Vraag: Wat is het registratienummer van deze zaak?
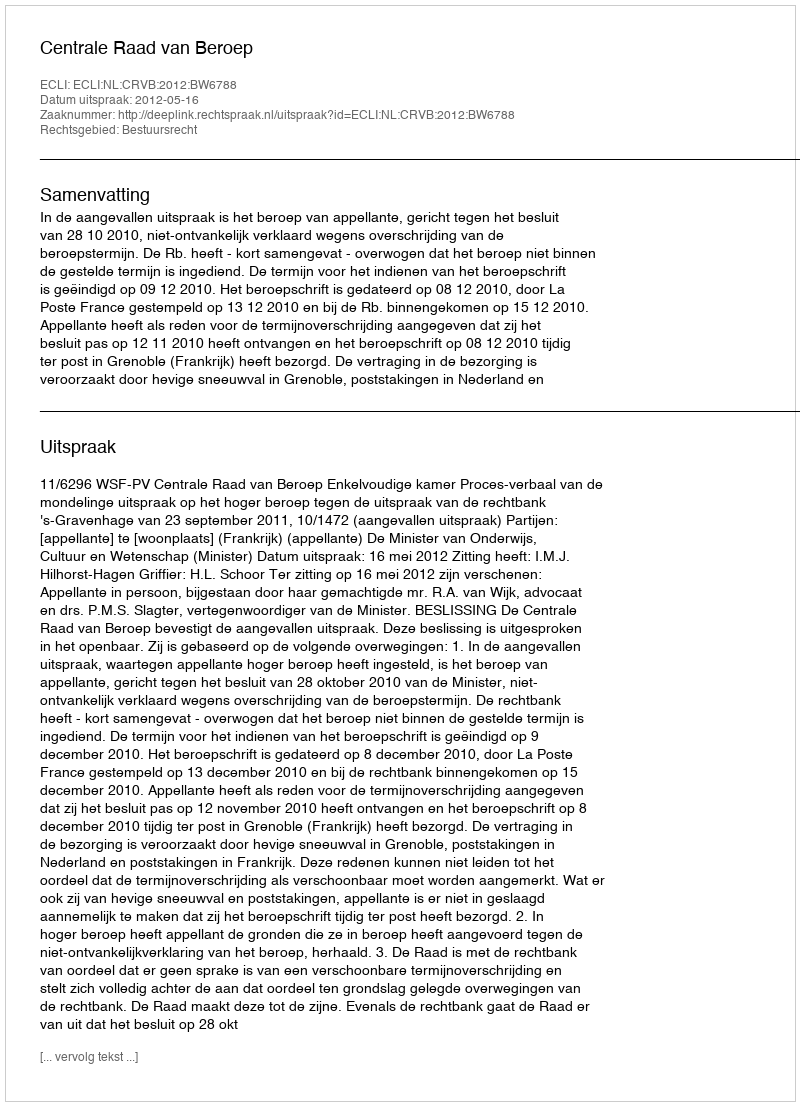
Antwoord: http://deeplink.rechtspraak.nl/uitspraak?id=ECLI:NL:CRVB:2012:BW6788